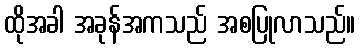
ထိုအခါ အခုန်အကသည် အစပြုလာသည်။